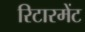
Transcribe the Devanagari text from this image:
रिटारमेंट